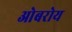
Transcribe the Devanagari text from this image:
ओबरोय